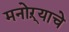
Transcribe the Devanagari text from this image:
मनोऱ्याचे